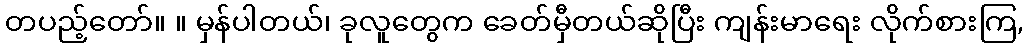
တပည့်တော်။ ။ မှန်ပါတယ်၊ ခုလူတွေက ခေတ်မှီတယ်ဆိုပြီး ကျန်းမာရေး လိုက်စားကြ,